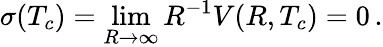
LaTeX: \sigma(T_{c})=\operatorname*{lim}_{R\to\infty}R^{-1}V(R,T_{c})=0\, {.}